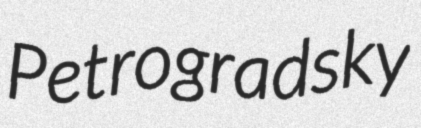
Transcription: Petrogradsky